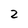
Character: 2